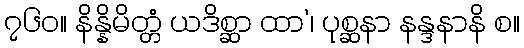
၇၆၀။ နိန္နိမိတ္တံ ယဒိစ္ဆာ ထာ’၊ ပုစ္ဆနာ နန္ဒနာနိ စ။